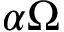
\alpha \Omega